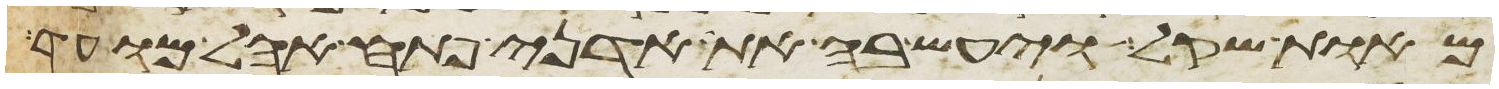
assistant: מאות שקל ויעש בה את אדני פתח אהל מועד